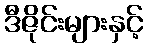
ဒီဇိုင်းများနှင့်